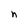
Character: n